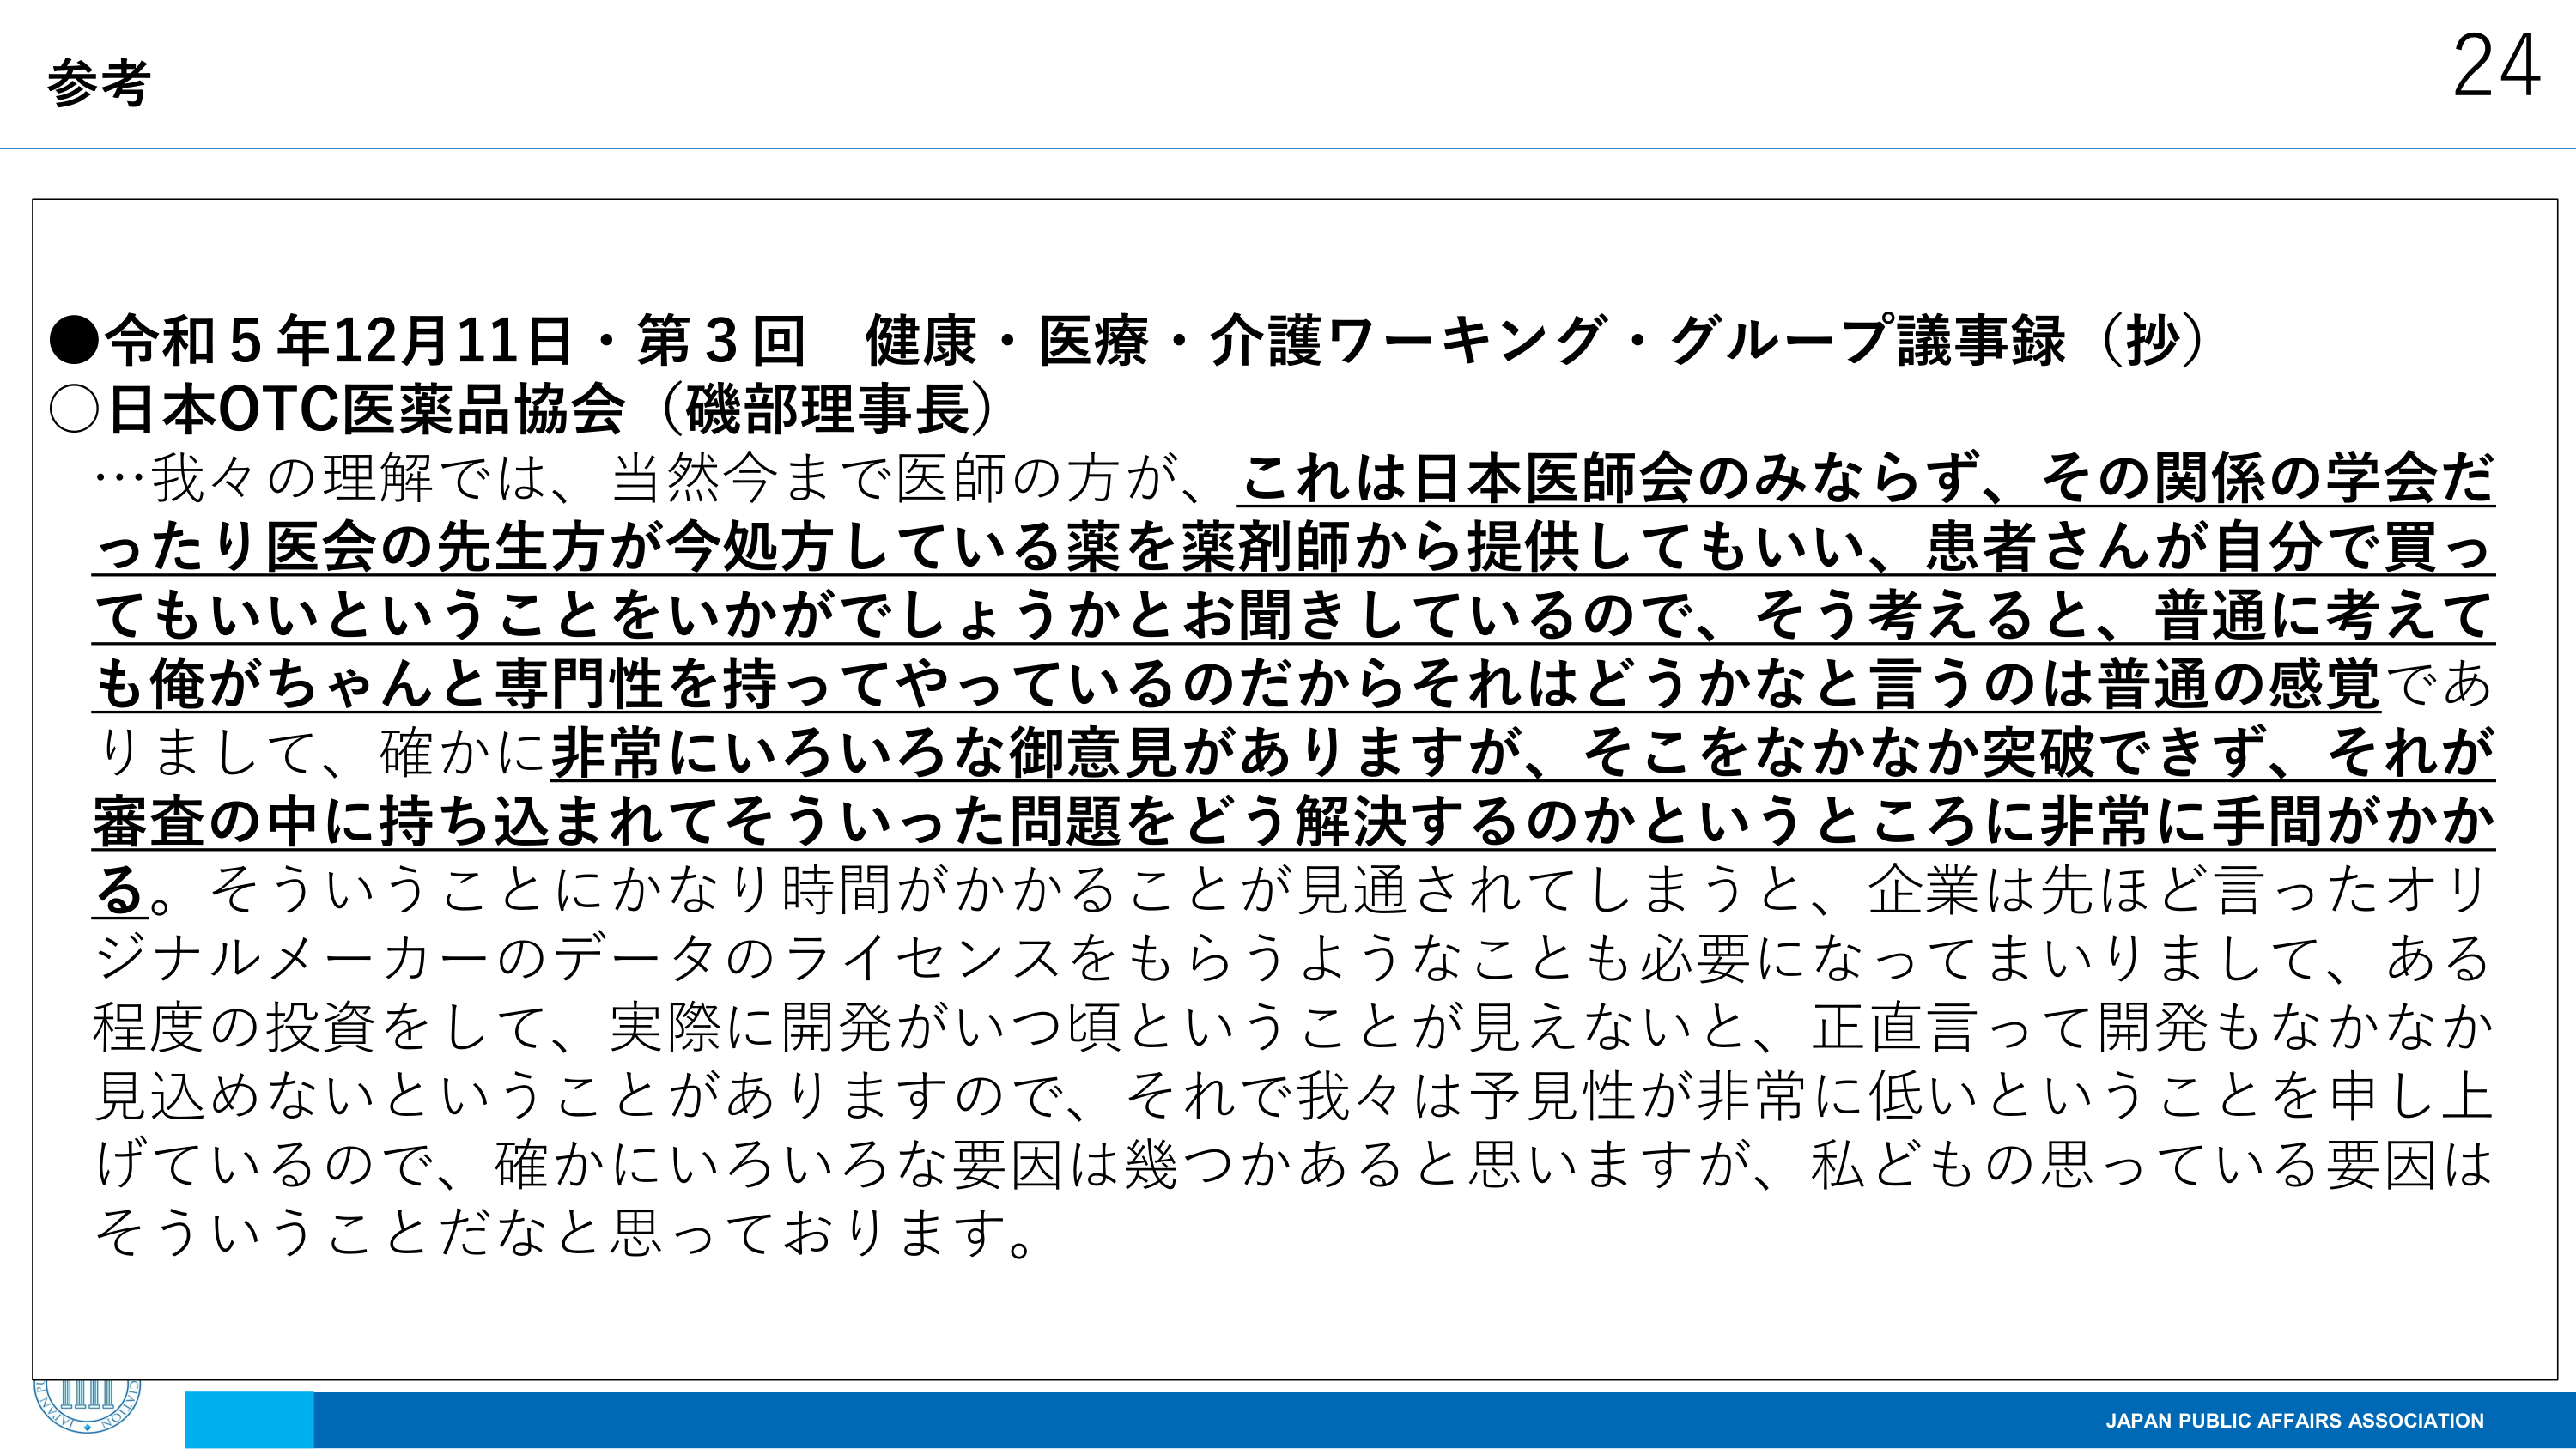
参考
24
●令和5年12月11日・第3回 健康・医療・介護ワーキング・グループ議事録（抄）
○日本OTC医薬品協会（磯部理事長）
…我々の理解では、当然今まで医師の方が、これは日本医師会のみならず、その関係の学会だったり医会の先生方が今処方している薬を薬剤師から提供してもらい、患者さんが自分で買ってもいいということをいかがでしょうかとお聞きしているので、そう考えると、普通に考えても俺がちゃんと専門性を持ってやっているのだからそれはどうかなと言うのは普通の感覚でありまして、確かに非常にいろいろな御意見がありますが、そこをなかなか突破できず、それが審査の中に持ち込まれてそういった問題をどう解決するのかというところに非常に手間がかかる。そういうことにかなり時間がかかることが見通されてしまうと、企業は先ほど言ったオリジナルメーカーのデータのライセンスをもらうようなことも必要になってまいりまして、ある程度の投資をして、実際に開発がいつ頃ということが見えないと、正直言って開発もなかなか見込めないということがありますので、それで我々は予見性が非常に低いということを申し上げているので、確かにいろいろな要因は幾つかあると思いますが、私どもの思っている要因はそういうことだなと思っております。
JAPAN PUBLIC AFFAIRS ASSOCIATION